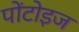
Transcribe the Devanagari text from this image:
पोंटोइज